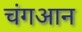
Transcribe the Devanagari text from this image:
चंगआन